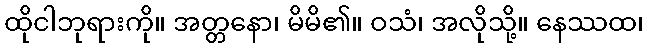
ထိုငါဘုရားကို။ အတ္တနော၊ မိမိ၏။ ဝသံ၊ အလိုသို့။ နေဿထ၊